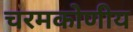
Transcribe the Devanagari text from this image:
चरमकोणीय